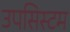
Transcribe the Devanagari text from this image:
उपसिस्टम